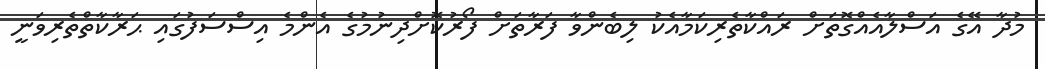
މުދާ އޭގެ އަސްލާއެއްގޮތަށް ރައްކާތެރިކަމާއެކު ލިބެންވާ ފަރާތަށް ފޯރުކޮށްދިނުމުގެ އެންމެ އިސްސަފުގައި ޙަރާކާތްތެރިވަނީ